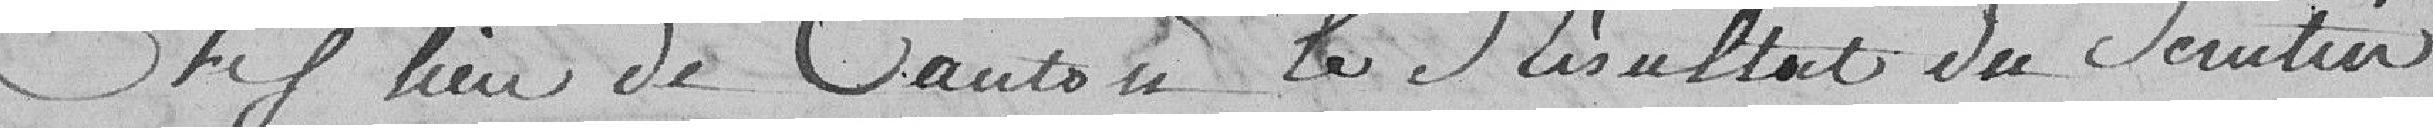
chef-lieu de canton le résultat du scrutin